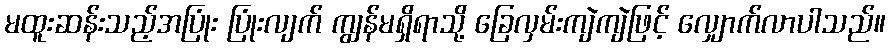
မထူးဆန်းသည့်အပြုံး ပြုံးလျက် ကျွန်မရှိရာသို့ ခြေလှမ်းကျဲကျဲဖြင့် လျှောက်လာပါသည်။